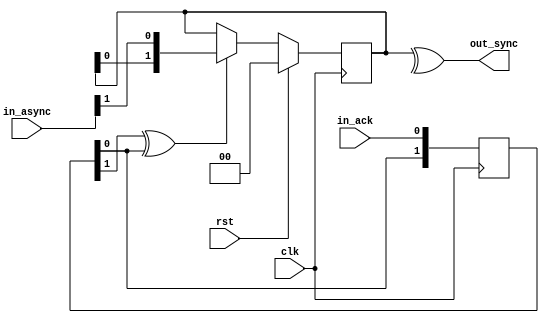
`timescale 1ns / 1ps

module el_sync
(
//---------CTRL-----------------------
	input							rst,
	input							clk,
//---------IN-------------------------
	input [1:0]						in_async,
	input							in_ack,
//---------OUT------------------------
	output							out_sync
//------------------------------------
);

reg [1:0] sync;

reg [1:0] ack_dly;

always@(posedge clk)
begin
	if(rst)
	begin
		ack_dly <= 0;
	end
	ack_dly[0] <= in_ack;
	ack_dly[1] <= ack_dly[0];
end


always@(posedge clk)
begin
	if(rst)
	begin
		sync <= 0;
	end
	else if(ack_dly[1] ^^ ack_dly[0])
	begin
		sync <= {sync[0],in_async[1]};
	end
end

assign out_sync = ^sync;

endmodule